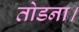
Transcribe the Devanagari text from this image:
तोडना।